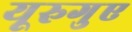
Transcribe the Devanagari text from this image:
यूरुगुए